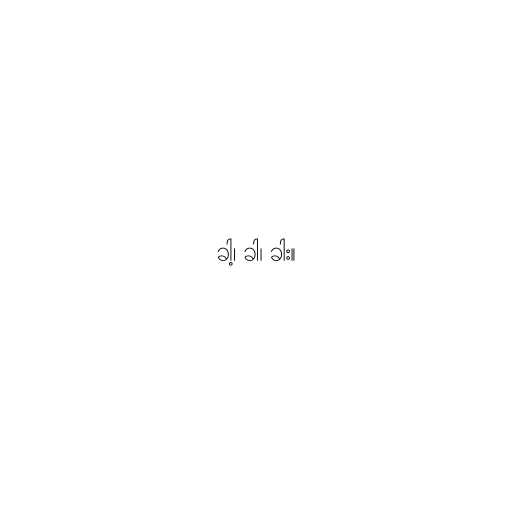
ခါ့၊ ခါ၊ ခါး။